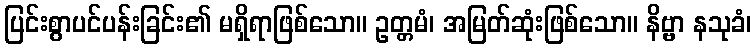
ပြင်းစွာပင်ပန်းခြင်း၏ မရှိရာဖြစ်သော။ ဥတ္တမံ၊ အမြတ်ဆုံးဖြစ်သော။ နိဗ္ဗာ နသုခံ၊